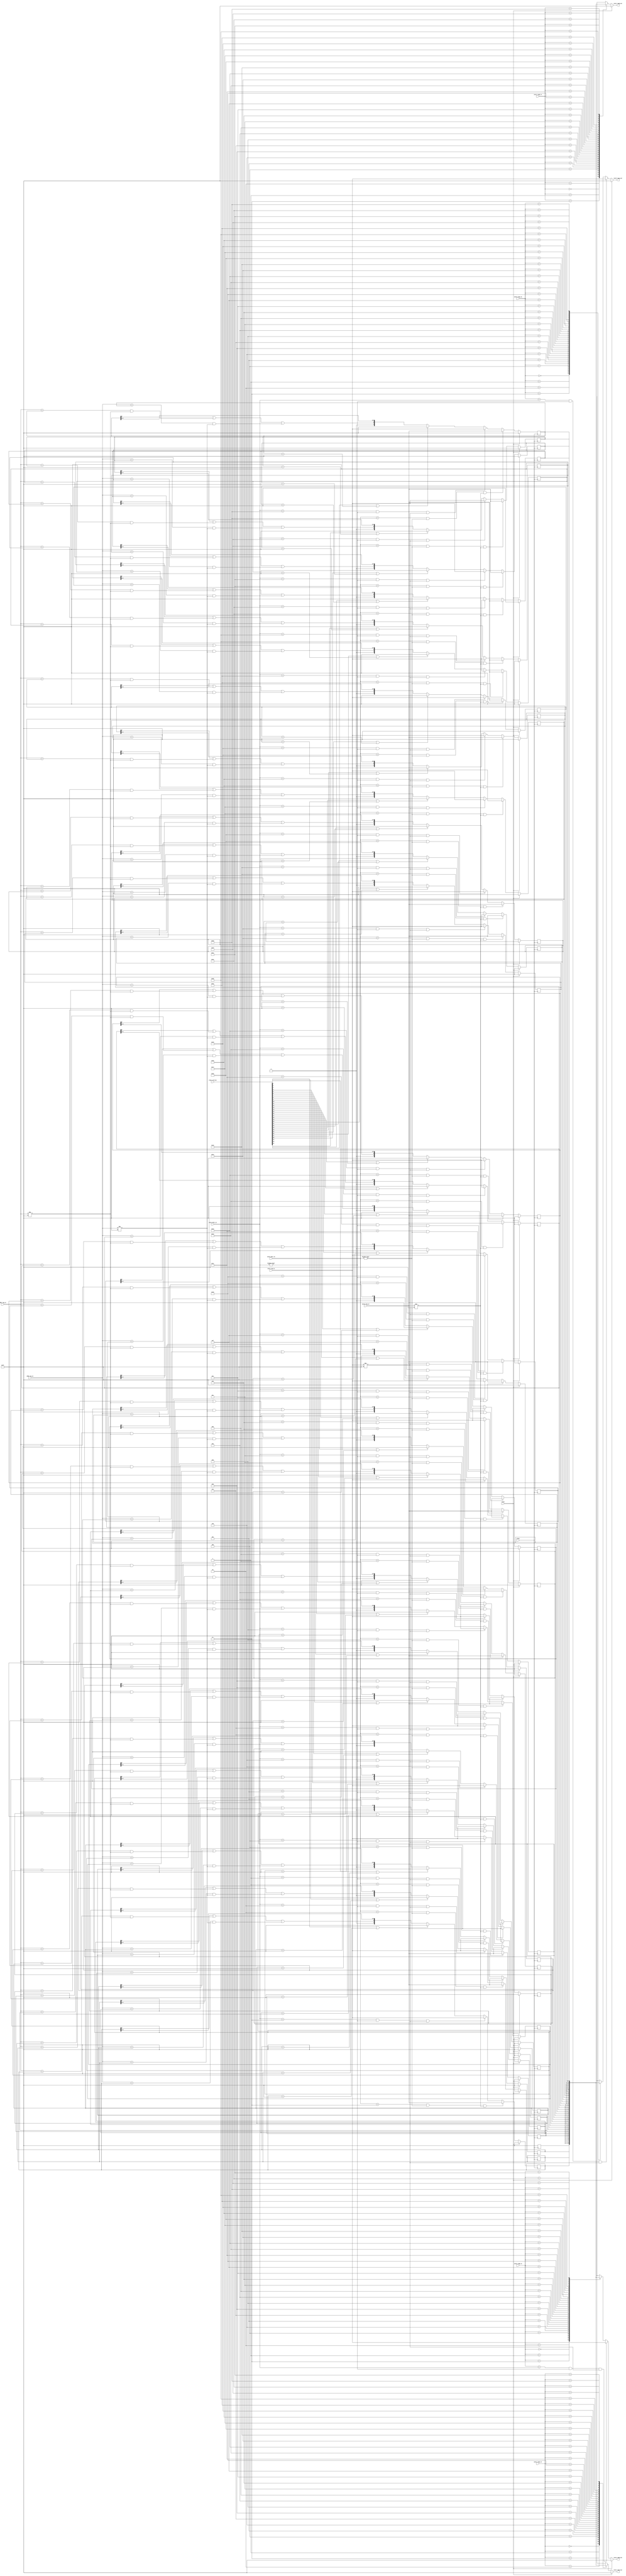

/////////////////////////////////////////////////////////
// this file is for the map table for our processor    //
/////////////////////////////////////////////////////////


// defines //
`define SD #1
`define RSTAG_NULL 8'hFF
`define ZERO_REG   5'd0


// main map table module //
module map_table(clock,reset,clear_entries,        // signal inputs

                 // instruction 1 access inputs //
                 inst1_rega_in,
                 inst1_regb_in,
                 inst1_dest_in,
                 inst1_tag_in,

                 // instruction 2 access inputs //
                 inst2_rega_in,
                 inst2_regb_in,
                 inst2_dest_in,
                 inst2_tag_in,

                 // cdb inputs //
                 cdb1_tag_in,
                 cdb2_tag_in,
                
                 // tag outputs //
                 inst1_taga_out,inst1_tagb_out,
                 inst2_taga_out,inst2_tagb_out  );

   // inputs //
   input wire clock;
   input wire reset;
   input wire [31:0] clear_entries;
   input wire [4:0] inst1_rega_in,inst1_regb_in;
   input wire [4:0] inst2_rega_in,inst2_regb_in;
   input wire [4:0] inst1_dest_in;
   input wire [4:0] inst2_dest_in;
   input wire [7:0] inst1_tag_in;
   input wire [7:0] inst2_tag_in;
   input wire [7:0] cdb1_tag_in;
   input wire [7:0] cdb2_tag_in;

   // outputs //
   output wire [7:0] inst1_taga_out,inst1_tagb_out;
   output wire [7:0] inst2_taga_out,inst2_tagb_out;


   // internal registers and wires //
   wire [31:0] n_ready_in_rob;
   wire [7:0]  n_tag_table [31:0];
   reg  [7:0]    tag_table [31:0];
   wire inst1_dest_nonzero;
   wire inst2_dest_nonzero;
   wire inst1_tag_nonnull;
   wire inst2_tag_nonnull;

   // combinational assignment for internal wires //
   assign inst1_dest_nonzero = (inst1_dest_in!=`ZERO_REG);
   assign inst2_dest_nonzero = (inst2_dest_in!=`ZERO_REG);
   assign inst1_tag_nonnull = (inst1_tag_in!=`RSTAG_NULL);
   assign inst2_tag_nonnull = (inst2_tag_in!=`RSTAG_NULL);

   // combinational assignments for the tag outputs //
   assign inst1_taga_out = (reset ? `RSTAG_NULL : tag_table[inst1_rega_in]);
   assign inst1_tagb_out = (reset ? `RSTAG_NULL : tag_table[inst1_regb_in]);
   assign inst2_taga_out = (reset ? `RSTAG_NULL : ((inst2_rega_in==inst1_dest_in) && inst1_dest_nonzero && inst1_tag_nonnull) ? inst1_tag_in : tag_table[inst2_rega_in] );  // forward from inst1
   assign inst2_tagb_out = (reset ? `RSTAG_NULL : ((inst2_regb_in==inst1_dest_in) && inst1_dest_nonzero && inst1_tag_nonnull) ? inst1_tag_in : tag_table[inst2_regb_in] );  // forward from inst1

   // combinational logic for next states in tag table //
   assign n_ready_in_rob[0] = 1'b0;
   assign n_tag_table[0]    = `RSTAG_NULL;
   genvar i;
   generate
      for (i=1; i<32; i=i+1)
      begin : NTAGTABLEASSIGN
         assign n_ready_in_rob[i] = ( tag_table[i][6] || (cdb1_tag_in==tag_table[i] && cdb1_tag_in!=`RSTAG_NULL) || (cdb2_tag_in==tag_table[i] && cdb2_tag_in!=`RSTAG_NULL) );
         assign n_tag_table[i] = ((inst2_dest_in==i) && inst2_dest_nonzero && inst2_tag_nonnull) ? inst2_tag_in :            // inst2 takes precidence here
                                   (  ((inst1_dest_in==i) && inst1_dest_nonzero && inst1_tag_nonnull) ? inst1_tag_in :        // because it comes after inst1
                                         ((clear_entries[i] || tag_table[i]==`RSTAG_NULL) ? `RSTAG_NULL : {1'b0,n_ready_in_rob[i],tag_table[i][5:0]} )  );
      end
   endgenerate


   // assign the next values for the tag_table on the clock edge //
   genvar j;
   generate 
      for (j=0; j<32; j=j+1)
      begin : NTAGTABLEALWAYS
         always @(posedge clock)
         begin
            if (reset)
               tag_table[j] <= `SD `RSTAG_NULL;
            else
               tag_table[j] <= `SD n_tag_table[j];
         end
      end
   endgenerate

/*
   // clock synchronous stuff for assigning the output tags //
   always@(posedge clock)
   begin
      if (reset)
      begin    
         inst1_taga_out <= `SD `RSTAG_NULL;
         inst1_tagb_out <= `SD `RSTAG_NULL;
         inst2_taga_out <= `SD `RSTAG_NULL;
         inst2_tagb_out <= `SD `RSTAG_NULL;
      end
      else
      begin
         inst1_taga_out <= `SD n_inst1_taga_out;
         inst1_tagb_out <= `SD n_inst1_tagb_out;
         inst2_taga_out <= `SD n_inst2_taga_out;
         inst2_tagb_out <= `SD n_inst2_tagb_out;
      end
   end
*/

endmodule